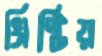
খ্রিষ্টিয়